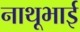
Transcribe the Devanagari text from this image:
नाथूभाई